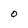
Character: O